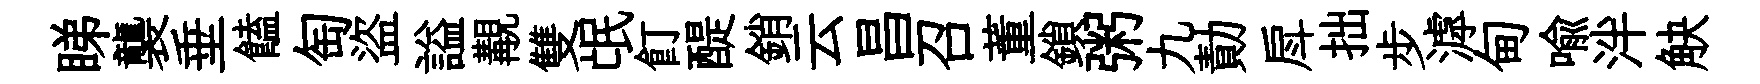
睇襲垂饁匋盜謚覯雙氓飣醍銷云昌召董鎖粥九勣戽拙步滹甸喻泮觖